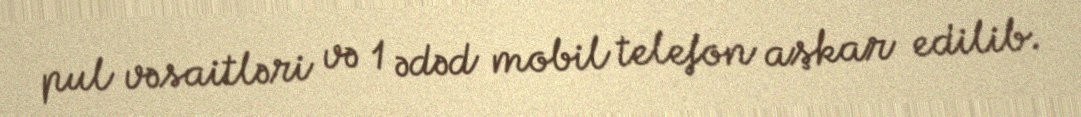
pul vəsaitləri və 1 ədəd mobil telefon aşkar edilib.